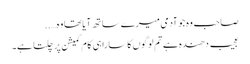
صاحب وہ جو آدمی میرے ساتھ آیا تھا وہ…..
عجیب دھندہ ہے تم لوگوں کا سارا ہی کام کمیشن پر چلتا ہے۔